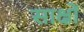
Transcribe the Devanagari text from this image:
साक्षों